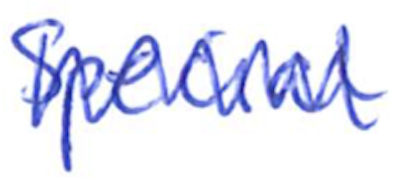
Text: Special
Cross-out: zig-zag
Writing tool: ballpoint